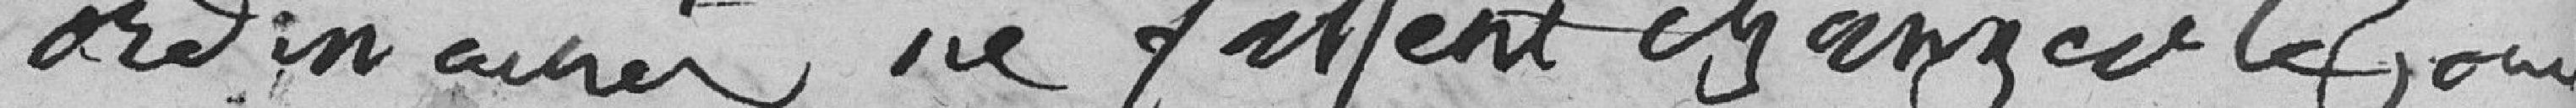
ordinaires ne fassent changer le jour